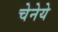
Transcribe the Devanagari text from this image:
चेनेये